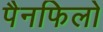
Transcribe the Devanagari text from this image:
पैनफिलो